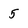
Character: 5